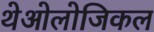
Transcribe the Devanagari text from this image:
थेओलोजिकल